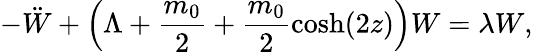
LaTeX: -\ddot{W}+\left(\Lambda+\frac{m_{0}}{2}+\frac{m_{0}}{2}\textrm{cosh}(2z)\right)W=\lambda W,